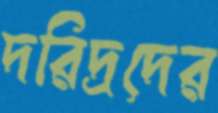
দরিদ্রদের